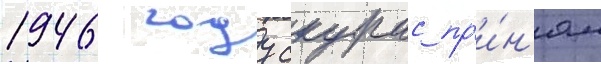
1946 году скурас пр'и́н'ял